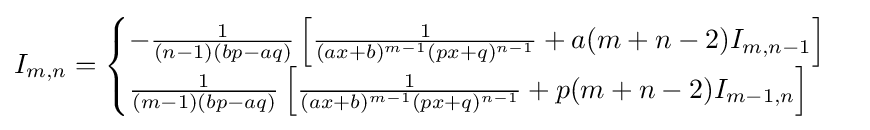
I_{m,n}={\begin{cases}-{\frac {1}{(n-1)(bp-aq)}}\left[{\frac {1}{(ax+b)^{m-1}(px+q)^{n-1}}}+a(m+n-2)I_{m,n-1}\right]\\{\frac {1}{(m-1)(bp-aq)}}\left[{\frac {1}{(ax+b)^{m-1}(px+q)^{n-1}}}+p(m+n-2)I_{m-1,n}\right]\end{cases}}\,\!